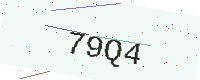
Text: 79Q4